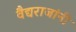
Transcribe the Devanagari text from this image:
वैद्यराजांनी